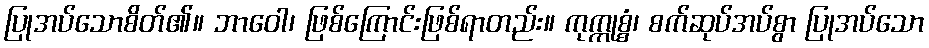
ပြုအပ်သောစိတ်၏။ ဘာဝေါ၊ ဖြစ်ကြောင်းဖြစ်ရာတည်း။ ကုက္ကုစ္စံ၊ စက်ဆုပ်အပ်စွာ ပြုအပ်သော